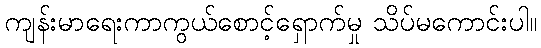
ကျန်းမာရေးကာကွယ်စောင့်ရှောက်မှု သိပ်မကောင်းပါ။